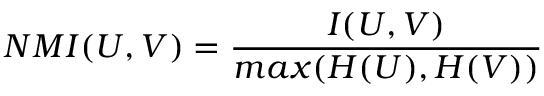
N M I ( U , V ) = \frac { I ( U , V ) } { m a x ( H ( U ) , H ( V ) ) }